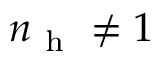
n _ { \mathrm { ~ h ~ } } \neq 1